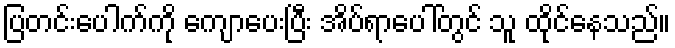
ပြတင်းပေါက်ကို ကျောပေးပြီး အိပ်ရာပေါ်တွင် သူ ထိုင်နေသည်။